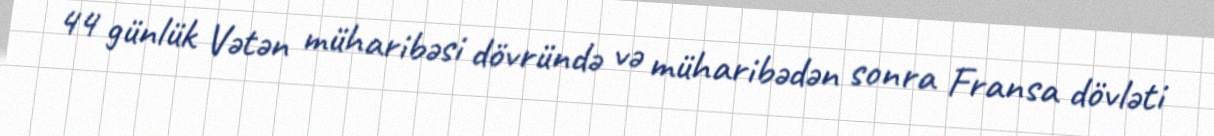
44 günlük Vətən müharibəsi dövründə və müharibədən sonra Fransa dövləti